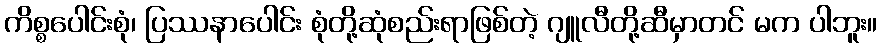
ကိစ္စပေါင်းစုံ၊ ပြဿနာပေါင်း စုံတို့ဆုံစည်းရာဖြစ်တဲ့ ဂျူလီတို့ဆီမှာတင် မက ပါဘူး။